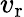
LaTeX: v_{\mathrm{r}}